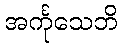
အင်္ကုသေဘိ